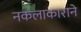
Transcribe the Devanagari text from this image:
नकलाकाराने